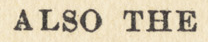
ALSO THE